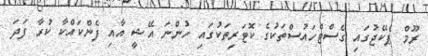
ރޫމް ޕެކޭޖުގައި ގެސްޓްހައުސްތަކުގެ ކޮޓަރިތަކުގައި ހުންނަ އޭޝީ އާއި ފެންކައްކާ ކުރާ ފަދަ